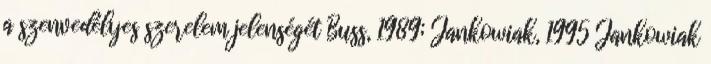
a szenvedélyes szerelem jelenségét Buss, 1989; Jankowiak, 1995 Jankowiak